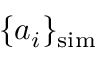
\{ a _ { i } \} _ { \mathrm { s i m } }